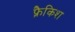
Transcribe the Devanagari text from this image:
फ़्रैकिश